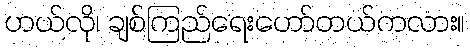
ဟယ်လို၊ ချစ်ကြည်ရေးဟော်တယ်ကလား။